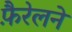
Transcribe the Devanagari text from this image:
फ़ैरेलने